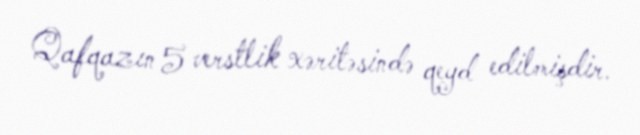
Qafqazın 5 verstlik xəritəsində qeyd edilmişdir.